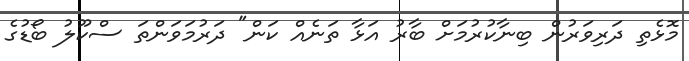
މޮޅެތި ދަރިވަރުން ބިނާކުރުމަށް ބާރު އަޅާ ތަނެއް ކަން" ދަރުމަވަންތަ ސްކޫލު ބޯޑުގެ